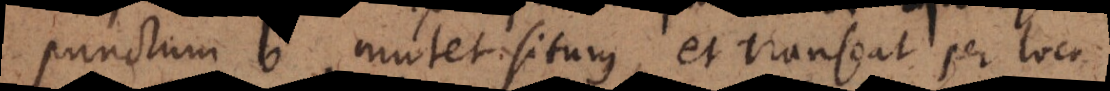
punctum b mutet situm, et transeat per loca